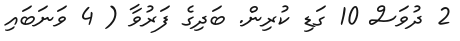
2 ދުވަސް 10 ގަޑި ކުރިން. ބަދިގެ ފަރުވާ ( 4 ވަނަބައި